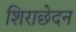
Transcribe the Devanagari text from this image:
शिराछेदन